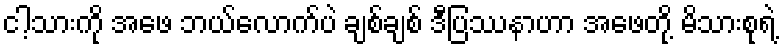
ငါ့သားကို အဖေ ဘယ်လောက်ပဲ ချစ်ချစ် ဒီပြဿနာဟာ အဖေတို့ မိသားစုရဲ့